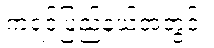
ကရင်ပြည်နယ်အတွင်း